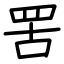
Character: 罟